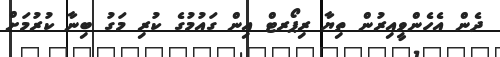
ދެން އެހެންވީއިރުން ތިޔާ ރިޕޯރޓް އިން ގައުމުގެ ކުރި މަގު ބިނާ ކުރުމަށް